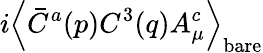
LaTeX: i\left<\bar{C}^{a}(p)C^{3}(q)A_{\mu}^{c}\right>_{\mathrm{bare}}